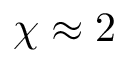
\chi \approx 2